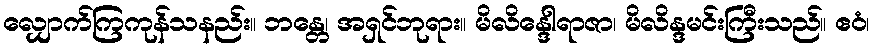
လျှောက်ကြကုန်သနည်း။ ဘန္တေ၊ အရှင်ဘုရား။ မိလိန္ဒေါရာဇာ၊ မိလိန္ဒမင်းကြီးသည်။ ဧဝံ၊